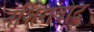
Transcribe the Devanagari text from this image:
नशिराबाद